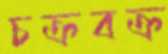
চক্রবক্র